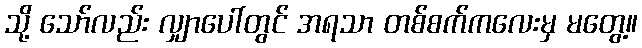
သို့ သော်လည်း လျှာပေါ်တွင် အရသာ တစ်စက်ကလေးမှ မတွေ့။